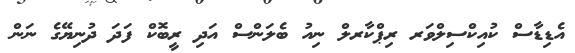
އެޑިޑާސް ކުއިކްސިލްވަރ ރިޕްކާރލް ނިއު ބެލަންސް އަދި ރީބޮކް ފަދަ ދުނިޔޭގެ ނަން